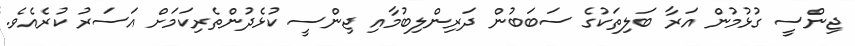
ޖިންސީ ގުޅުމުން އަރާ ބަލިތަކުގެ ސަބަބުން ދަރިންލިބުމާއި ޖިންސީ ކުޅެދުންތެރިކަމަށް އަސަރު ކުރެއެވެ.